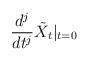
LaTeX: \begin{align*}\frac{d^j}{dt^j} \tilde{X}_t |_{t = 0} \end{align*}